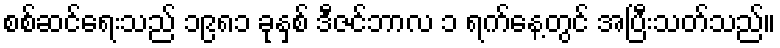
စစ်ဆင်ရေးသည် ၁၉၈၁ ခုနှစ် ဒီဇင်ဘာလ ၁ ရက်နေ့တွင် အပြီးသတ်သည်။